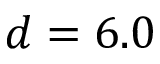
d = 6 . 0